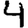
Digit: 4